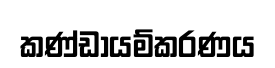
කණ්ඩායම්කරණය